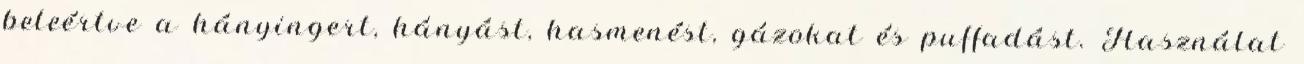
beleértve a hányingert, hányást, hasmenést, gázokat és puffadást. Használat